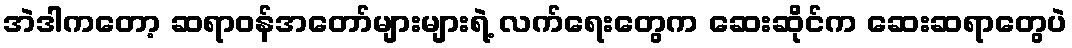
အဲဒါကတော့ ဆရာဝန်အတော်များများရဲ့ လက်ရေးတွေက ဆေးဆိုင်က ဆေးဆရာတွေပဲ